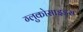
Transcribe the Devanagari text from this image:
ग्लुकोसाइड्‌स